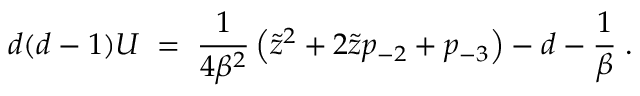
d ( d - 1 ) U \; = \; { \frac { 1 } { 4 \beta ^ { 2 } } } \left( \tilde { z } ^ { 2 } + 2 \tilde { z } p _ { - 2 } + p _ { - 3 } \right) - d - { \frac { 1 } { \beta } } \; .